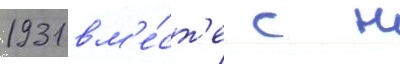
1931 вм'е́ст'е с н